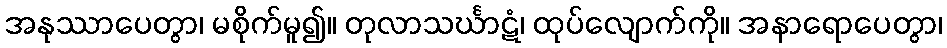
အနုဿာပေတွာ၊ မစိုက်မူ၍။ တုလာသင်္ဃာဋံ၊ ထုပ်လျောက်ကို။ အနာရောပေတွာ၊